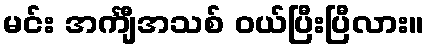
မင်း အင်္ကျီအသစ် ဝယ်ပြီးပြီလား။